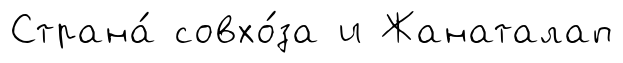
Страна́ совхо́за и Жанаталап